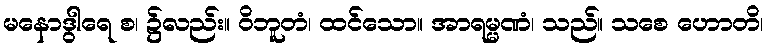
မနောဒွါရေ စ၊ ၌လည်း။ ဝိဘူတံ၊ ထင်သော။ အာရမ္မဏံ၊ သည်။ သစေ ဟောတိ၊